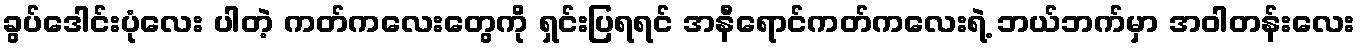
ခွပ်ဒေါင်းပုံလေး ပါတဲ့ ကတ်ကလေးတွေကို ရှင်းပြရရင် အနီရောင်ကတ်ကလေးရဲ့ ဘယ်ဘက်မှာ အဝါတန်းလေး